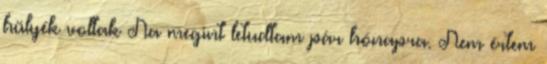
hülyék voltak Na megint letudtam pár hónapra. Nem értem